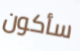
سأكون